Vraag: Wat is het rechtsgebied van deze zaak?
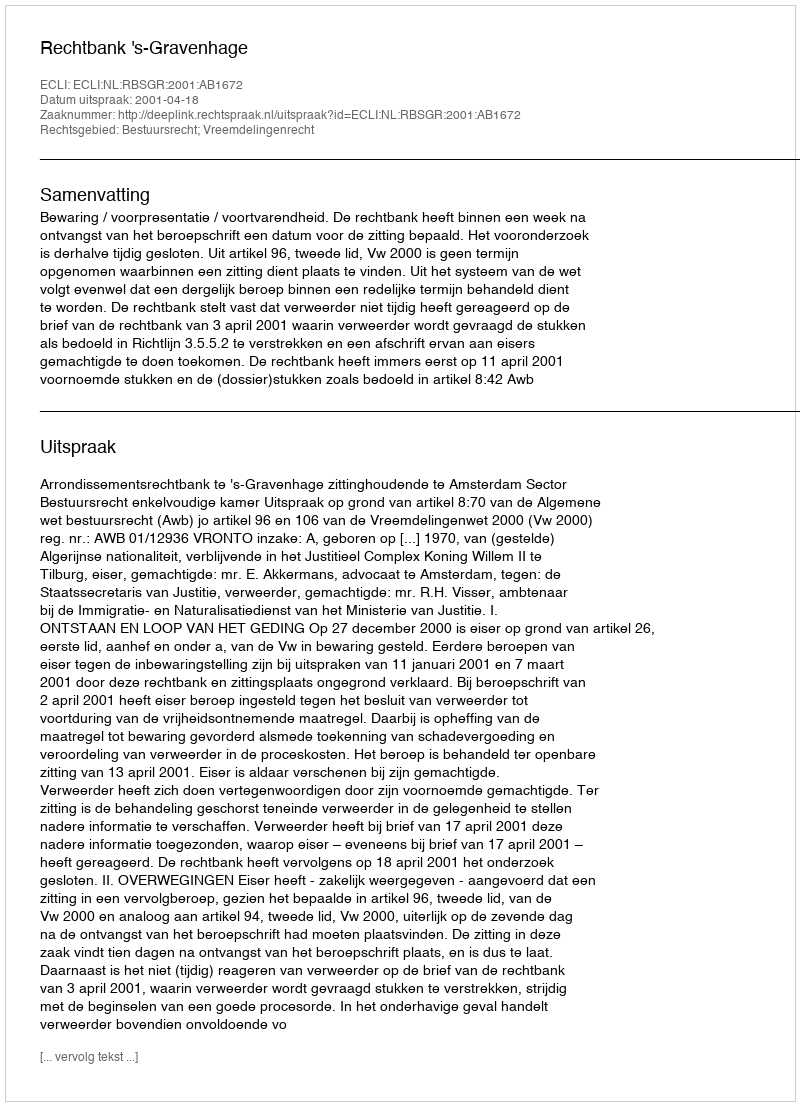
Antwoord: Bestuursrecht; Vreemdelingenrecht